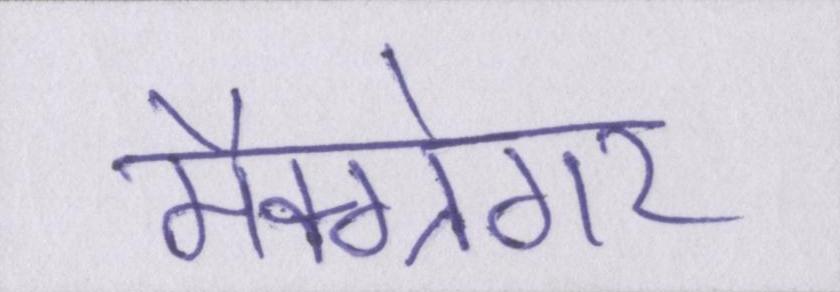
मैक्ग्रेगर